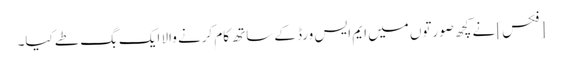
[فکس] نے کچھ صورتوں میں ایم ایس ورڈ کے ساتھ کام کرنے والا ایک بگ طے کیا۔